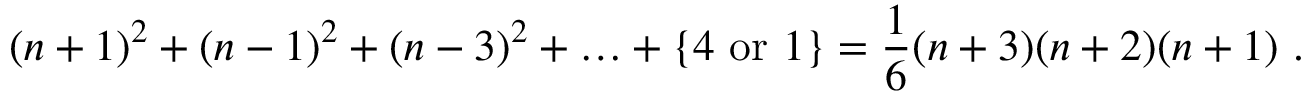
( n + 1 ) ^ { 2 } + ( n - 1 ) ^ { 2 } + ( n - 3 ) ^ { 2 } + \ldots + \{ 4 \ \mathrm { o r } \ 1 \} = \frac { 1 } { 6 } ( n + 3 ) ( n + 2 ) ( n + 1 ) \ .